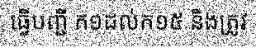
ធ្វើបញ្ជី ក១ដល់ក១៥ និងត្រូវ